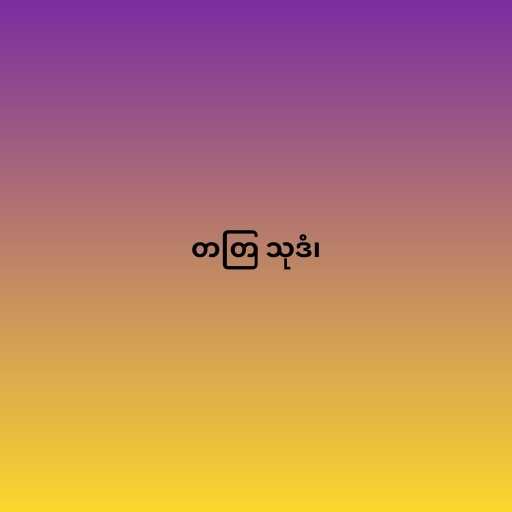
တတြ သုဒံ၊